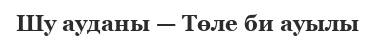
Шу ауданы — Төле би ауылы